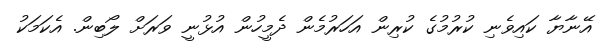
އޭނާޔާ ކައިވެނި ކުރުމުގެ ކުރިން އަހަރުމެން ދެމީހުން އުޅުނީ ވަރަށް ލޯބިން. އެކަމަކު